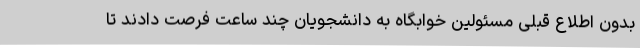
بدون اطلاع قبلی مسئولین خوابگاه به دانشجویان چند ساعت فرصت دادند تا